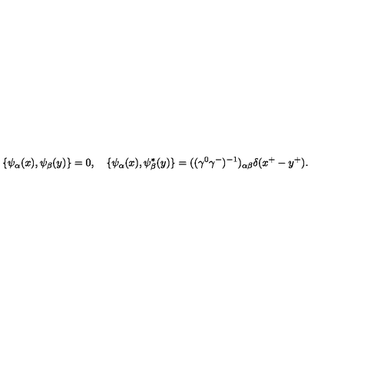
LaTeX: \{ { \psi } _ { \alpha } ( x ) , { \psi } _ { \beta } ( y ) \} = 0 , \quad \{ { \psi } _ { \alpha } ( x ) , { \psi } _ { \beta } ^ { \ast } ( y ) \} = ( ( { \gamma } ^ { 0 } { \gamma } ^ { - } ) ^ { - 1 } ) _ { { \alpha } { \beta } } { \delta } ( x ^ { + } - y ^ { + } ) .